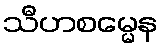
သီဟစမ္မေန